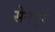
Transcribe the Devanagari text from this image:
सेनचुरी